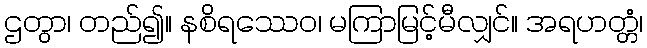
ဌတွာ၊ တည်၍။ နစိရဿေဝ၊ မကြာမြင့်မီလျှင်။ အရဟတ္တံ၊